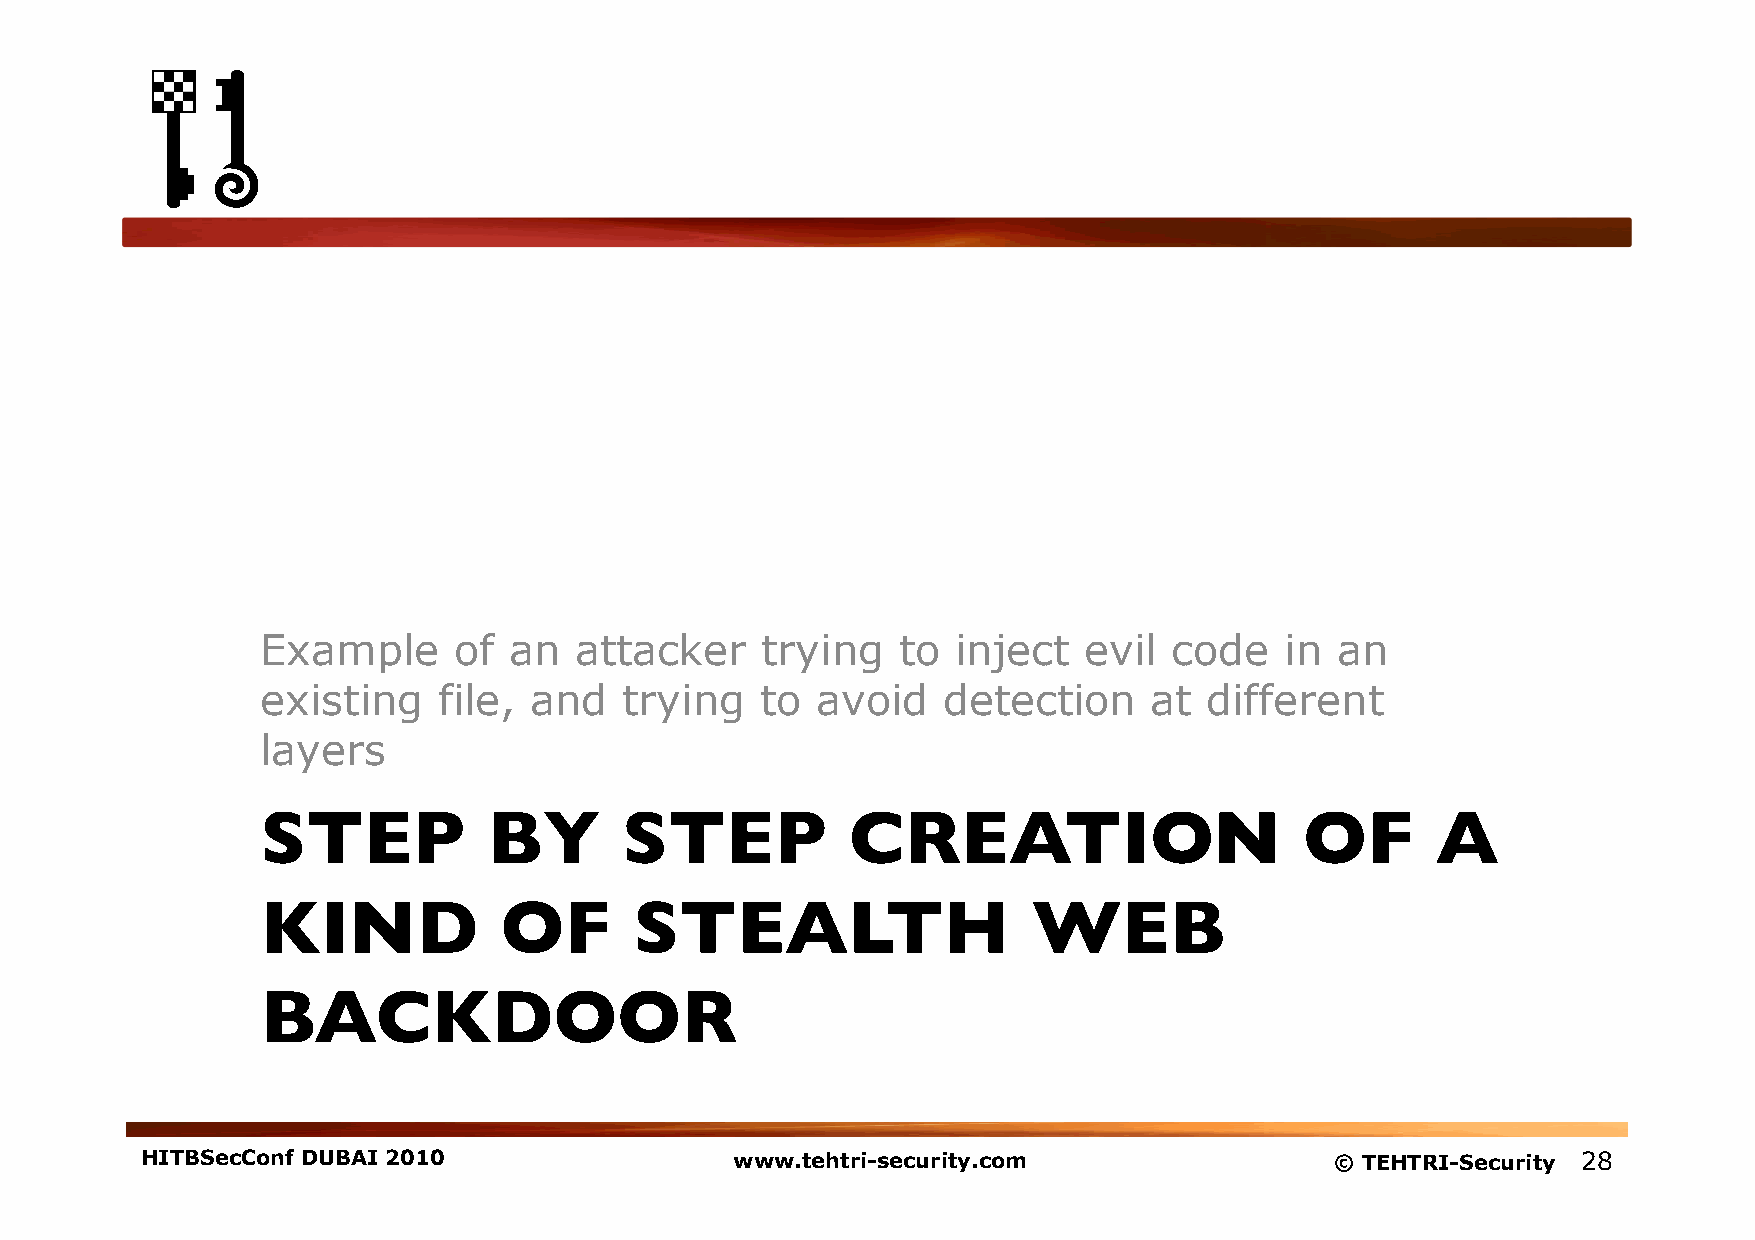
Example      of  an  attacker    trying   to  inject   evil  code   in an
 existing    file, and   trying   to  avoid   detection     at  different
 layers
 STEP           BY       STEP           CREATION                      OF       A
 KIND            OF       STEALTH                   WEB
 BACKDOOR
 HITBSecConf DUBAI 2010                  www.tehtri-security.com                © TEHTRI-Security 28